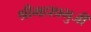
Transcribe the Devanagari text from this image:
श्रीमहाप्रभुजी